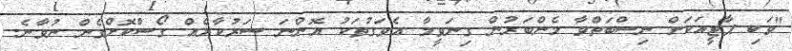
"ވަކި ޕާޓީއަކަށް ނިސްބަތްވާ މެންބަރުން ގިނަވީމާ އެވަގުތަކު އޮންނަ ސަރުކާރެއް ގޯސްކޮށްގެން ނުވާނެ.